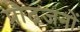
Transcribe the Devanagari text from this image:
प्रौढ़जनों